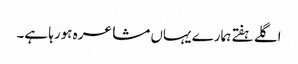
اگلے ہفتے ہمارے یہاں مشاعرہ ہورہا ہے۔